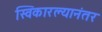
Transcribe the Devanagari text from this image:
स्विकारल्यानंतर